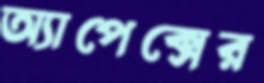
অ্যাপেক্সের